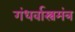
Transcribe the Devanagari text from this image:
गंधर्वास्त्रमंत्र